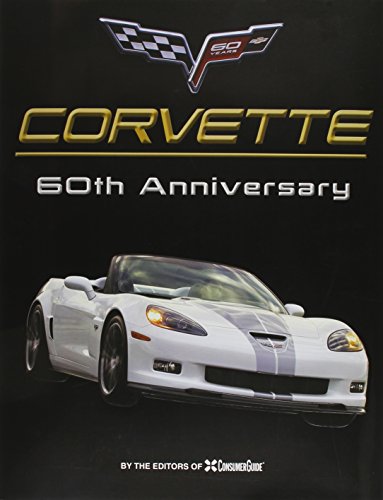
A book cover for Corvette 60th Anniversary; Engineering & Transportation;